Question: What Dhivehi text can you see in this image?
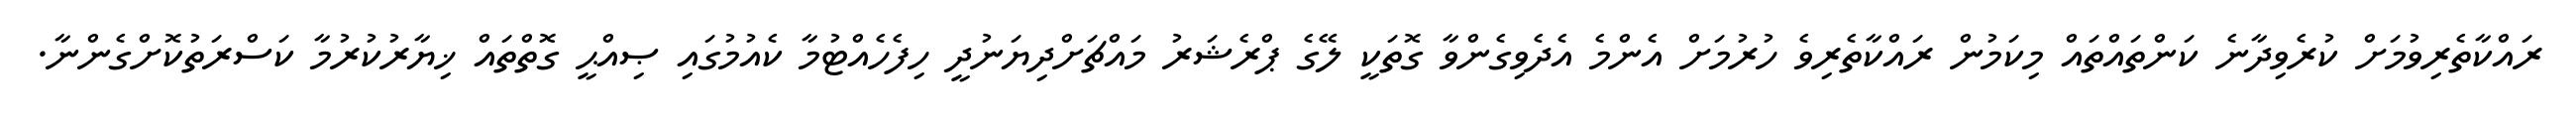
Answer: ރައްކާތެރިވުމަށް ކުރެވިދާނެ ކަންތައްތައް މިކަމުން ރައްކާތެރިވެ ހުރުމަށް އެންމެ އެދެވިގެންވާ ގޮތަކީ ލޭގެ ޕްރެޝަރު މައްޗަށްދިޔަނުދީ ހިފެހެއްޓުމާ ކެއުމުގައި ޞިއްޙީ ގޮތްތައް ޚިޔާރުކުރުމާ ކަސްރަތުކޮށްގެންނާ.